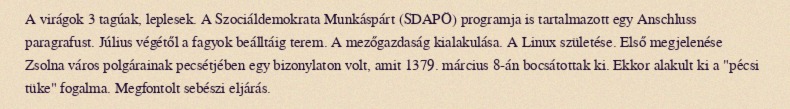
A virágok 3 tagúak, leplesek. A Szociáldemokrata Munkáspárt (SDAPÖ) programja is tartalmazott egy Anschluss paragrafust. Július végétől a fagyok beálltáig terem. A mezőgazdaság kialakulása. A Linux születése. Első megjelenése Zsolna város polgárainak pecsétjében egy bizonylaton volt, amit 1379. március 8-án bocsátottak ki. Ekkor alakult ki a "pécsi tüke" fogalma. Megfontolt sebészi eljárás.